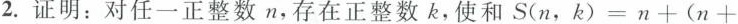
2.证明：对任一正整数n，存在正整数k，使和$$S ( n ，k ) = n + ( n +